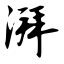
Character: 湃